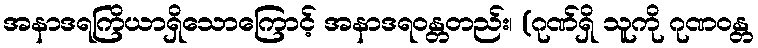
အနာဒရကြိယာရှိသောကြောင့် အနာဒရဝန္တတည်း၊ (ဂုဏ်ရှိ သူကို ဂုဏဝန္တ